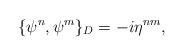
LaTeX: \begin{align*}\{\psi^n, \psi^m\}_D=-i\eta^{nm},\end{align*}